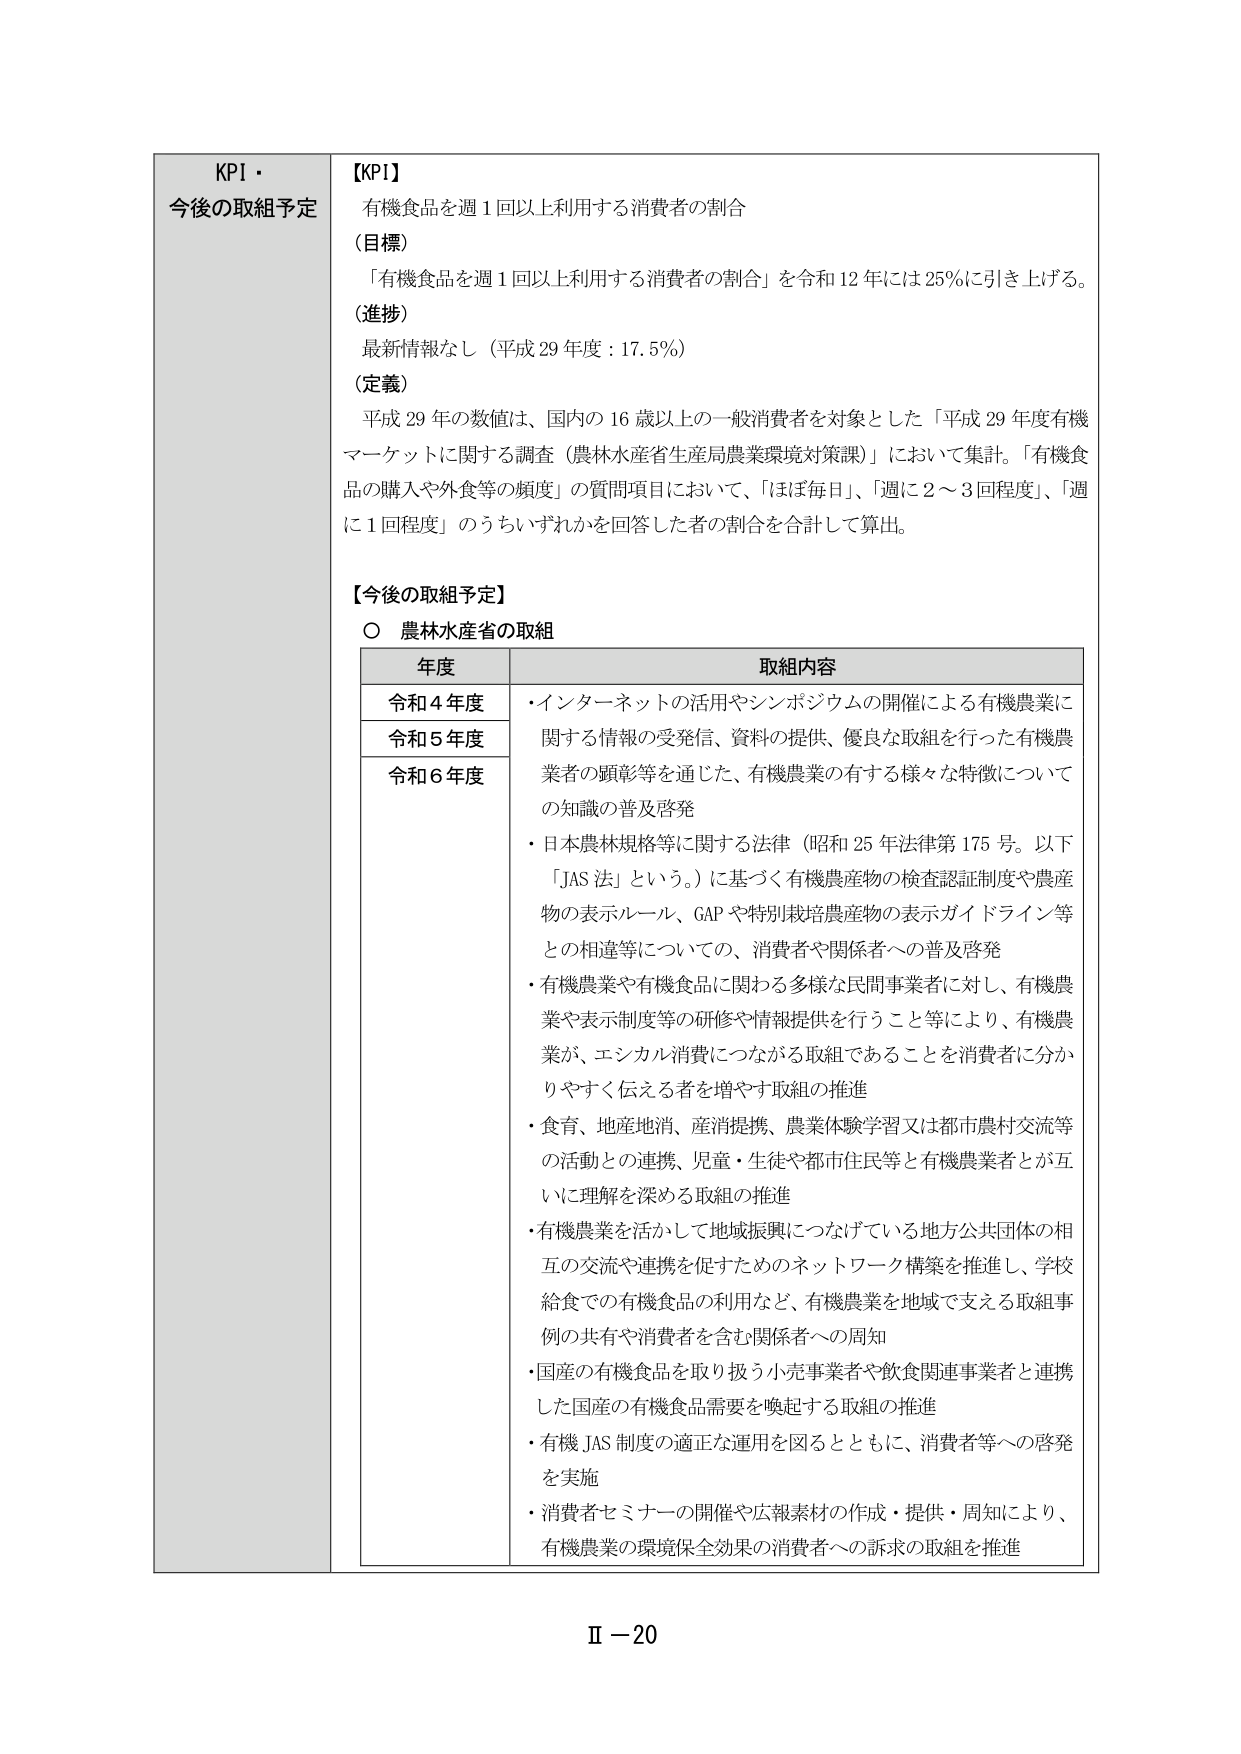
KPI・
今後の取組予定

【KPI】
有機食品を週1回以上利用する消費者の割合

（目標）
「有機食品を週1回以上利用する消費者の割合」を令和12年には25％に引き上げる。

（進捗）
最新情報なし（平成29年度：17.5％）

（定義）
平成29年の数値は、国内の16歳以上の一般消費者を対象とした「平成29年度有機マーケットに関する調査（農林水産省生産局農業環境対策課）」において集計。「有機食品の購入や外食等の頻度」の質問項目において、「ほぼ毎日」、「週に2～3回程度」、「週に1回程度」のうちいずれかを回答した者の割合を合計して算出。

【今後の取組予定】
○ 農林水産省の取組

年度